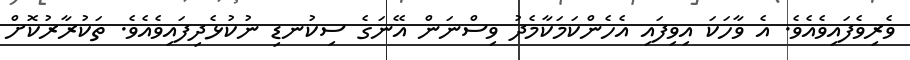
ވެރިވެފައިވެއެވެ. އެ ވާހަކަ އިވިފައި އެހެންކަމަކާމެދު ވިސްނަން އޭނަގެ ސިކުނޑި ނުކުޅެދިފައިވެއެވެ. ތަކުރާރުކޮށް